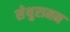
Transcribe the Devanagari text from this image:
सेथुरामन